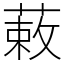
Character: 䔩